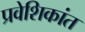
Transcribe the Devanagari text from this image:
प्रवेशिकांत